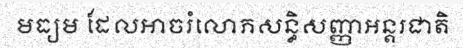
មធ្យម ដែលអាចរំលោភសន្ធិសញ្ញាអន្តរជាតិ